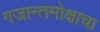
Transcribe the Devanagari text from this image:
गजान्तमोक्षाचा